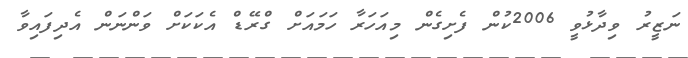
ނަޒީރު ވިދާޅުވީ 2006ކުން ފެށިގެން މިއަހަރާ ހަމައަށް ގްރޭޑް އެކަކަށް ވަންނަން އެދިފައިވާ